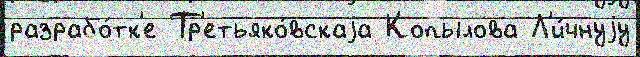
разрабо́тк'е Тр'етьяко́вскаjа Копылова Л'и́чнуjу